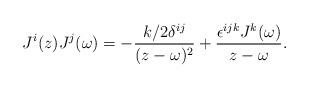
LaTeX: \begin{align*}J^i(z)J^j(\omega)=-\frac{k/2\delta^{ij}}{(z-\omega)^2}+\frac{\epsilon^{ijk}J^k(\omega)}{z-\omega}.\end{align*}